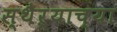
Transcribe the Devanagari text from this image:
स्थैऱ्याच्या